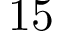
1 5